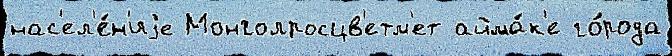
нас'ел'е́н'иjе Монголросцв'етм'ет айма́к'е го́рода